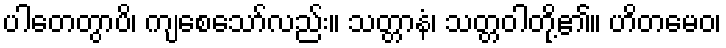
ပါတေတွာပိ၊ ကျစေသော်လည်း။ သတ္တာနံ၊ သတ္တဝါတို့၏။ ဟိတမေဝ၊